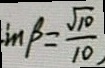
i n \beta = \frac { \sqrt { 1 0 } } { 1 0 }